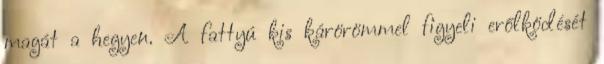
magát a hegyen. A fattyú kis kárörömmel figyeli erőlködését